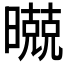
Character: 𣋢